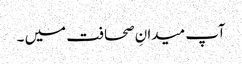
آپ میدانِ صحافت میں ۔